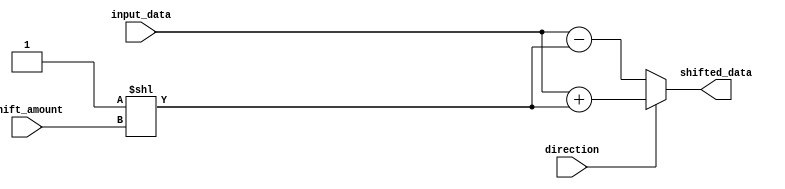
module hybrid_barrel_shifter(
    input [7:0] input_data,
    input [2:0] shift_amount,
    input direction,
    output [7:0] shifted_data
);

reg [7:0] output_data;
reg [7:0] sum;

always @(*) begin
    if(direction) begin
        sum = input_data + (1 << shift_amount);
    end else begin
        sum = input_data - (1 << shift_amount);
    end
    
    output_data = sum;
end

assign shifted_data = output_data;

endmodule